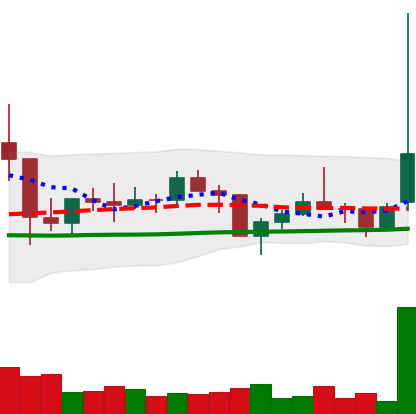
Ticker: TRX-USD
Chart end date: 2021-01-29
Forward return: 3.433%
Label: up_3_5